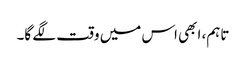
تاہم، ابھی اس میں وقت لگے گا۔